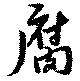
腐